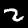
Digit: 2